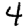
Digit: 4